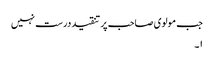
جب مولوی صاحب پر تنقید درست نہیں
۱۔